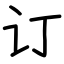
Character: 订